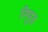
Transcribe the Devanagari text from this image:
निपुड़